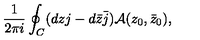
\frac { 1 } { 2 \pi i } \oint _ { C } ( d z j - d \bar { z } \bar { j } ) { \cal A } ( z _ { 0 } , \bar { z } _ { 0 } ) ,